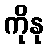
ကိုနု